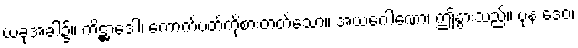
ယခုအခါ၌။ ကိဋ္ဌာဒေါ၊ ကောက်ပတ်ကိုစားတတ်သော။ အယံဂေါဏော၊ ဤနွားသည်။ ပုန ဒေဝ၊